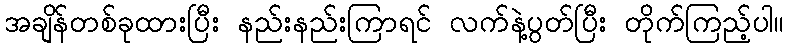
အချိန်တစ်ခုထားပြီး နည်းနည်းကြာရင် လက်နဲ့ပွတ်ပြီး တိုက်ကြည့်ပါ။